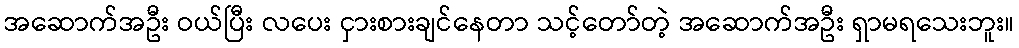
အဆောက်အဦး ဝယ်ပြီး လပေး ငှားစားချင်နေတာ သင့်တော်တဲ့ အဆောက်အဦး ရှာမရသေးဘူး။